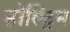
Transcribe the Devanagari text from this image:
होल्ट्रिम